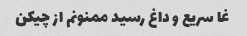
غا سریع و داغ رسید ممنونم از چیکن